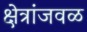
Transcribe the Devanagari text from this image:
क्षेत्रांजवळ